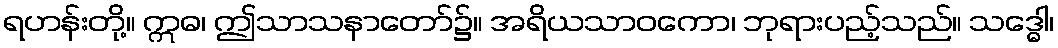
ရဟန်းတို့။ ဣဓ၊ ဤသာသနာတော်၌။ အရိယသာဝကော၊ ဘုရားပည့်သည်။ သဒ္ဓေါ၊